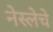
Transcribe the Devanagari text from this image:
नेस्लेचे